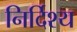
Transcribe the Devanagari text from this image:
निर्दिश्य